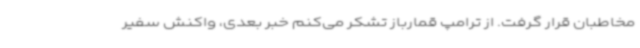
مخاطبان قرار گرفت. از ترامپ قمارباز تشکر می‌کنم خبر بعدی، واکنش سفیر